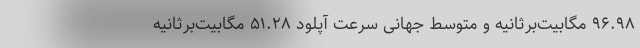
۹۶.۹۸ مگابیت‌برثانیه و متوسط جهانی سرعت آپلود ۵۱.۲۸ مگابیت‌برثانیه